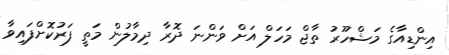
އިންޑިއާގެ މަޝްހޫރު ތާޖް މަހަލް އަށް ވަންނަ ދޮރާ ދިމާލުން މަތީ ފަރުކޮށްފައިވާ